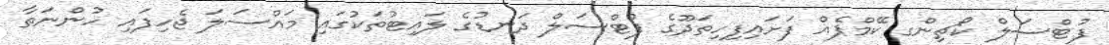
ފުޓްސަލް ކޯޗިންގ ކޭމްޕެއް ފަށައިފިހިތަދޫގެ ފުޓްސަލް ދަނޑުގެ ލައިޓުތަކުގައި މައްސަލަ ޖެހިފައި ހުންނަތާ